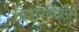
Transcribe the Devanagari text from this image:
चित्रनिर्मितीस